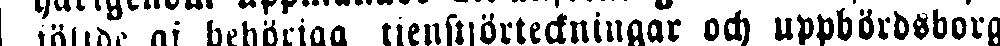
följde af behöriga tjenstförteckningar och uppbördsborg